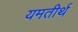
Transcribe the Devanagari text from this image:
यमतीर्थ